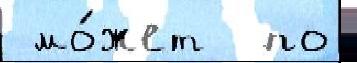
 мо́жет  по